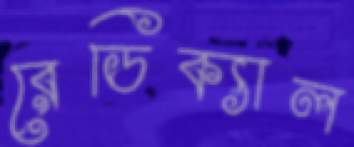
রেডিক্যাল